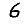
Digit: 6